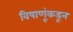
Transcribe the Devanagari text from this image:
विषाणूंकडून